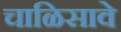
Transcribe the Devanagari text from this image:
चाळिसावे